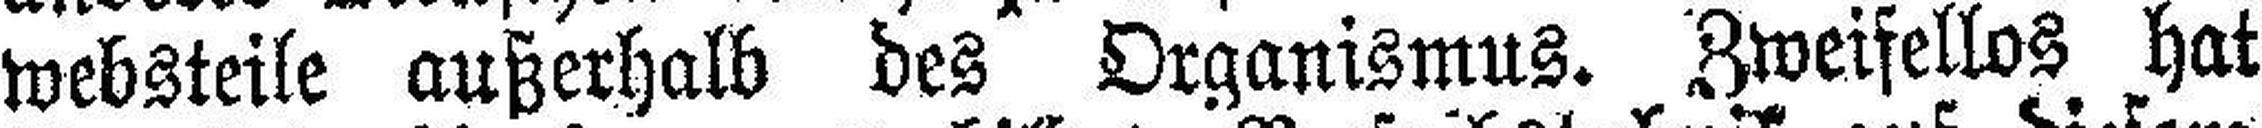
websteile außerhalb des Organismus. Zweifellos hat